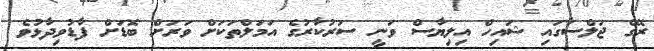
ރޭގެ ޖަލްސާގައި ޝައިހް އިލިޔާސް ވަނީ ސަރުކާރުގެ އަމަލްތަކަށް ވަރަށް ބޮޑަށް ފާޑުވިދާޅުވެ